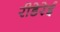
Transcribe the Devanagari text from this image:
रीडेरेई